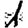
Digit: 1